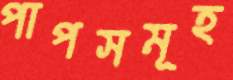
পাপসমূহ